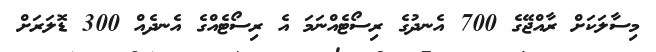
މިސާލަކަށް ރާއްޖޭގެ 700 އެނދުގެ ރިސޯޓެއްނަމަ އެ ރިސޯޓެއްގެ އެނދެއް 300 ޑޮލަރަށް